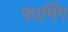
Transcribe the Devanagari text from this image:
फार्मिग